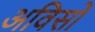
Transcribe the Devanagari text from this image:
अविसो